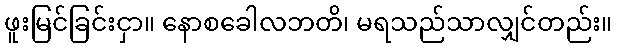
ဖူးမြင်ခြင်းငှာ။ နောစခေါလဘတိ၊ မရသည်သာလျှင်တည်း။